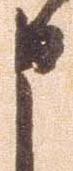
申